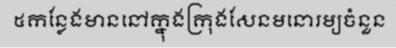
៥កន្លែងមាននៅក្នុងក្រុងសែនមនោរម្យចំនួន